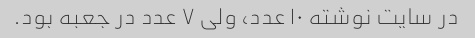
در سایت نوشته ۱۰ عدد، ولی ۷ عدد در جعبه بود.